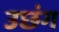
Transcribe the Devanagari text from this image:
उछंग